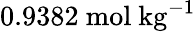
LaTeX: \mathrm{0.9382\ mol\ kg^{-1}}